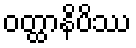
ဝတ္ထာနိပိဿ